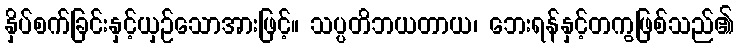
နှိပ်စက်ခြင်းနှင့်ယှဉ်သောအားဖြင့်။ သပ္ပတိဘယတာယ၊ ဘေးရန်နှင့်တကွဖြစ်သည်၏